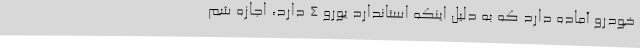
خودرو آماده دارد که به دلیل اینکه استاندارد یورو 4 دارد، اجازه شم